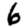
Digit: 6